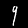
Label: 9